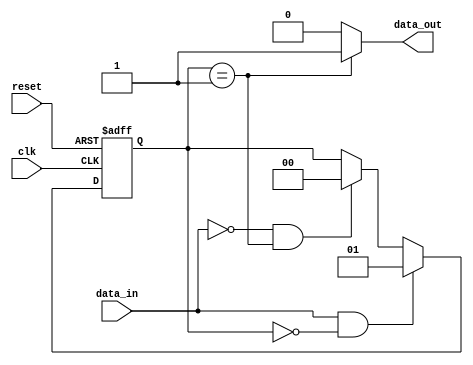
module schmitt_trigger_buffer (
    input wire clk,
    input wire reset,
    input wire data_in,
    output reg data_out
);

// Schmitt trigger module with hysteresis
reg [1:0] state;
parameter THRESHOLD_HIGH = 1'b1; // High threshold value
parameter THRESHOLD_LOW = 1'b0; // Low threshold value
parameter HYSTERESIS = 2; // Hysteresis value

always @(posedge clk or posedge reset) begin
    if (reset) begin
        state <= THRESHOLD_LOW;
    end else begin
        if (data_in && state == THRESHOLD_LOW) begin
            state <= THRESHOLD_HIGH;
        end else if (!data_in && state == THRESHOLD_HIGH) begin
            state <= THRESHOLD_LOW;
        end
    end
end

assign data_out = (state == THRESHOLD_HIGH) ? 1'b1 : 1'b0;

endmodule